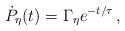
LaTeX: \begin{align*}\dot P_{\eta}(t)=\Gamma _{\eta}e^{-t/\tau} \, , \end{align*}